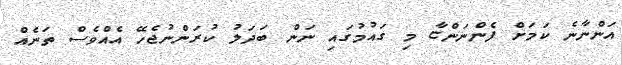
އަންނާނެ ކަމަށް ފެންނަންޏާ މި ގައުމުގައި ނަން ބަދަލު ކުރަންނުޖެހޭ އެއްވެސް ތަނެއް